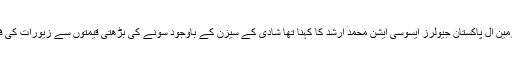
اس حوالے سے چیئرمین آل پاکستان جیولرز ایسوسی ایشن محمد ارشد کا کہنا تھا شادی کے سیزن کے باوجود سونے کی بڑھتی قیمتوں سے زیورات کی فروخت کم ہوئی ہے۔